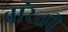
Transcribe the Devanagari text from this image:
बारेत्ती